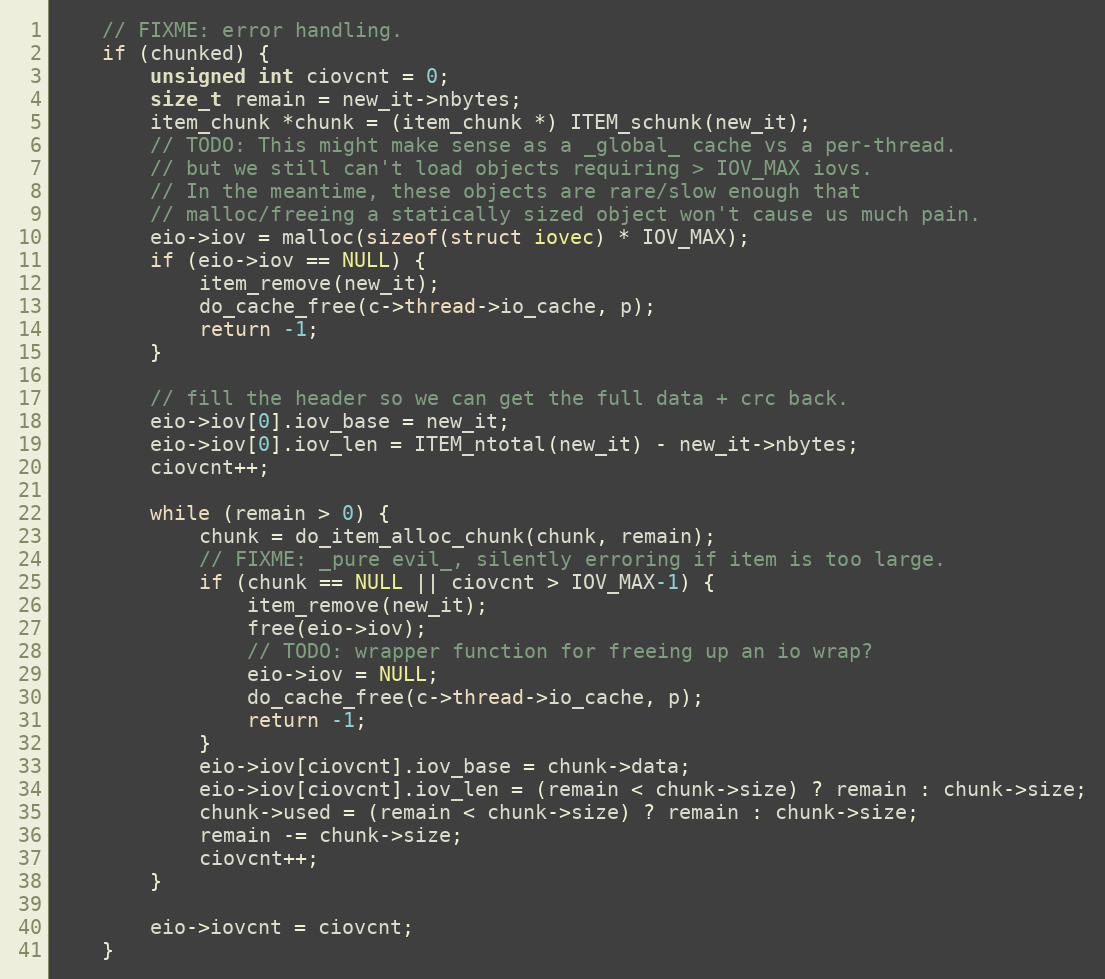
Language: C
    // FIXME: error handling.
    if (chunked) {
        unsigned int ciovcnt = 0;
        size_t remain = new_it->nbytes;
        item_chunk *chunk = (item_chunk *) ITEM_schunk(new_it);
        // TODO: This might make sense as a _global_ cache vs a per-thread.
        // but we still can't load objects requiring > IOV_MAX iovs.
        // In the meantime, these objects are rare/slow enough that
        // malloc/freeing a statically sized object won't cause us much pain.
        eio->iov = malloc(sizeof(struct iovec) * IOV_MAX);
        if (eio->iov == NULL) {
            item_remove(new_it);
            do_cache_free(c->thread->io_cache, p);
            return -1;
        }

        // fill the header so we can get the full data + crc back.
        eio->iov[0].iov_base = new_it;
        eio->iov[0].iov_len = ITEM_ntotal(new_it) - new_it->nbytes;
        ciovcnt++;

        while (remain > 0) {
            chunk = do_item_alloc_chunk(chunk, remain);
            // FIXME: _pure evil_, silently erroring if item is too large.
            if (chunk == NULL || ciovcnt > IOV_MAX-1) {
                item_remove(new_it);
                free(eio->iov);
                // TODO: wrapper function for freeing up an io wrap?
                eio->iov = NULL;
                do_cache_free(c->thread->io_cache, p);
                return -1;
            }
            eio->iov[ciovcnt].iov_base = chunk->data;
            eio->iov[ciovcnt].iov_len = (remain < chunk->size) ? remain : chunk->size;
            chunk->used = (remain < chunk->size) ? remain : chunk->size;
            remain -= chunk->size;
            ciovcnt++;
        }

        eio->iovcnt = ciovcnt;
    }